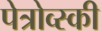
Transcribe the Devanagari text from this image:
पेत्रोव्स्की